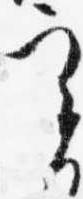
実